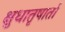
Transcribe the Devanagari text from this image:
क्षुधातृषार्ता